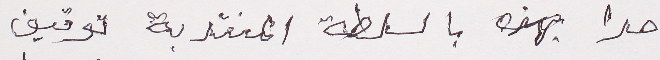
حدا بهذه بالسلطة المنتدبة توقيف